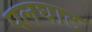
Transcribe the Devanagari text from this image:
पलघाट